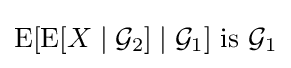
\operatorname {E} [\operatorname {E} [X\mid {\mathcal {G}}_{2}]\mid {\mathcal {G}}_{1}]{\mbox{ is }}{\mathcal {G}}_{1}